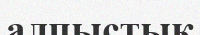
алпыстық